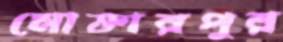
মোক্তারপুর